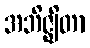
အဘိဇ္ဈိတာ